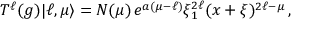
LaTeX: T ^ { \ell } ( g ) | \ell , \mu \rangle = N ( \mu ) \, e ^ { a ( \mu - \ell ) } \xi _ { 1 } ^ { 2 \ell } ( x + \xi ) ^ { 2 \ell - \mu } \, ,